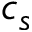
c _ { s }